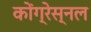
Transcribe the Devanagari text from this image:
कोंग्रेस्नल